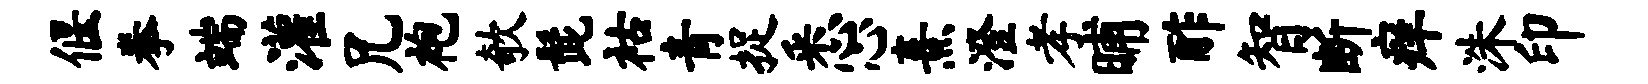
偃拳端灌兄袍欹髭祜青捉悉心熹澄孝晡酢智断痒洙印